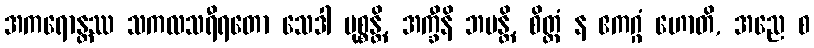
အကရောန္တဿ သကလသရီရတော သေဒါ မုစ္စန္တိ, အက္ခီနိ ဘမန္တိ, စိတ္တံ န ဧကဂ္ဂံ ဟောတိ, အညေ စ